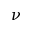
\nu